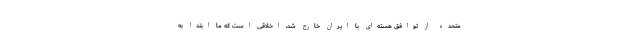
متحده از توافق هسته‌ای با ایران خارج شد، اخلاقی است که ما ابتدا به